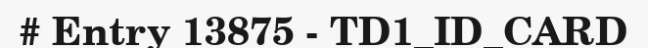
# Entry 13875 - TD1_ID_CARD